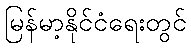
မြန်မာ့နိုင်ငံရေးတွင်